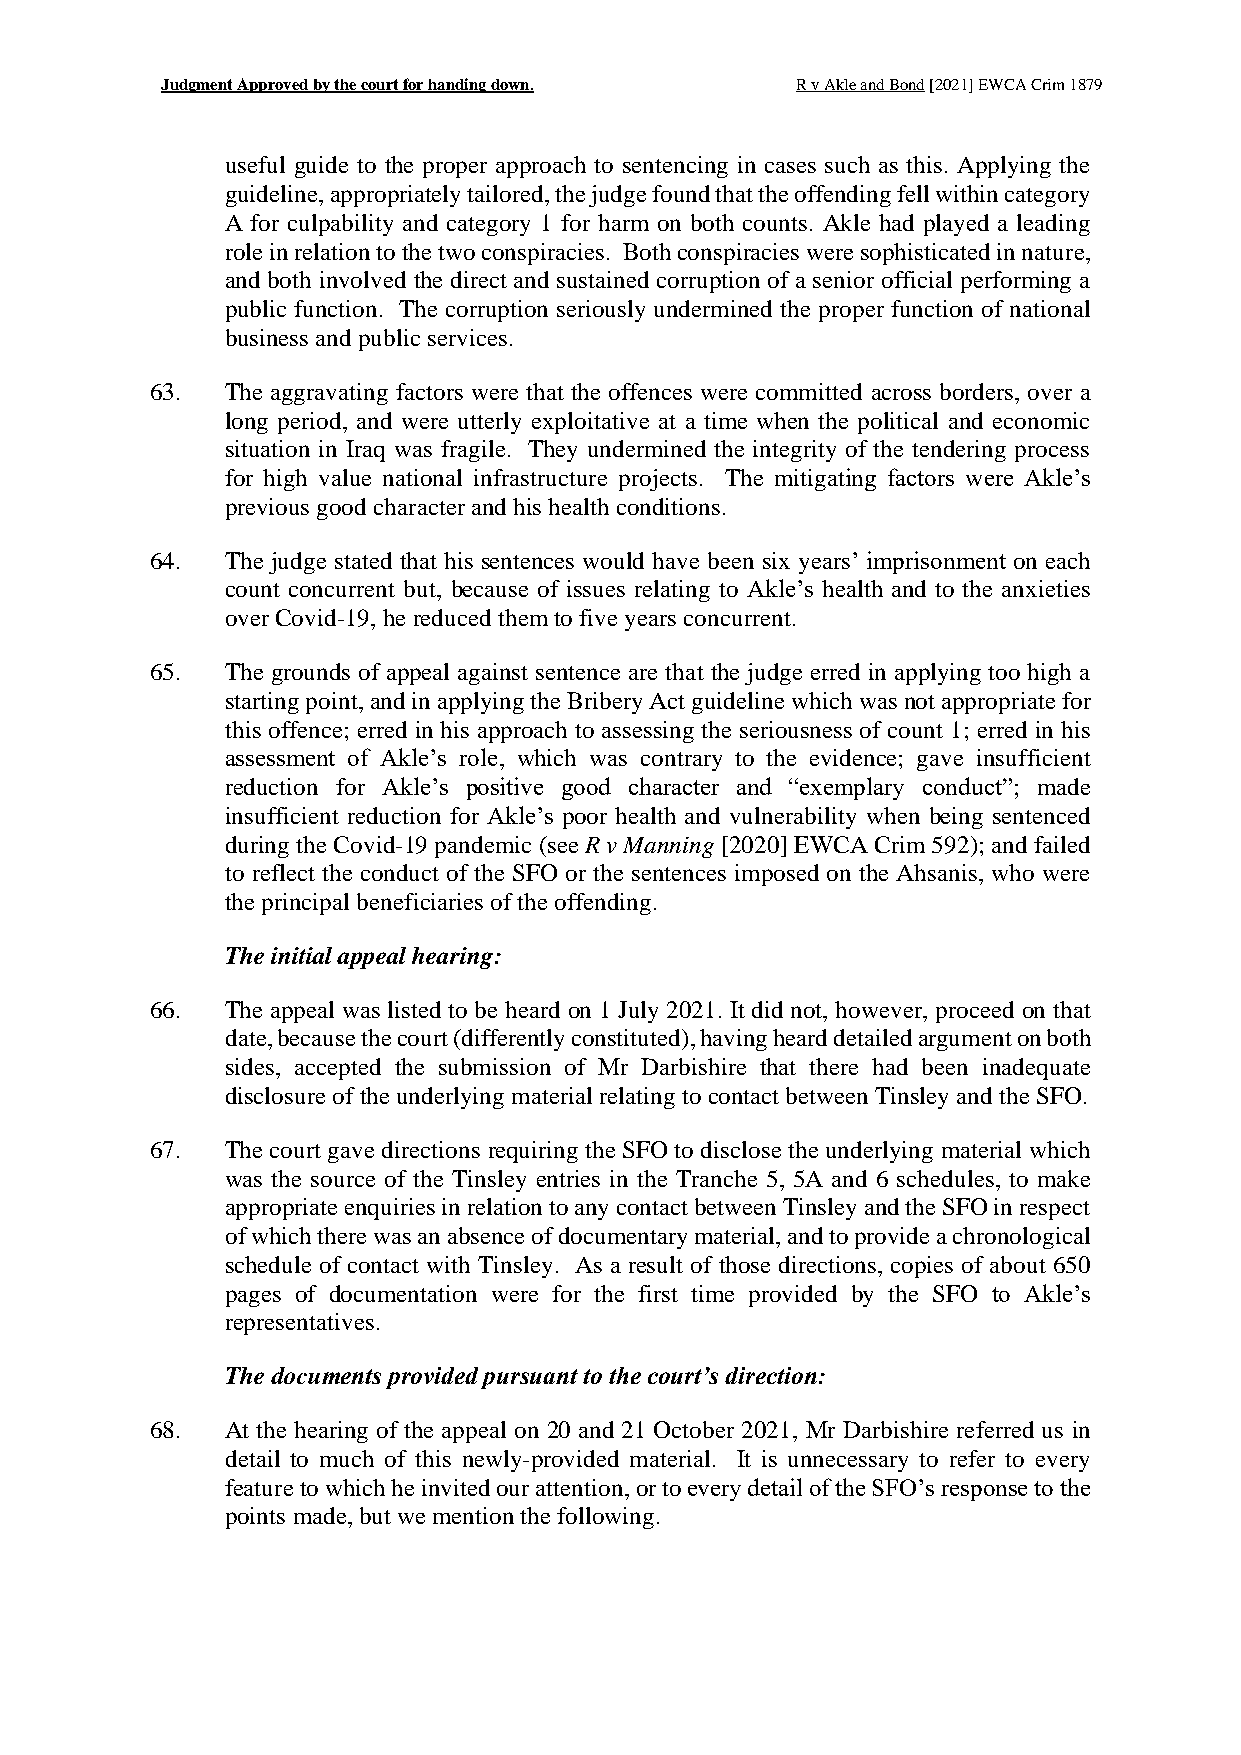
Judgment Approved by the court for handing down. R v Akle and Bond [2021] EWCA Crim 1879
 useful guide to the proper approach to sentencing in cases such as this. Applying the
 guideline, appropriately tailored, the judge found that the offending fell within category
 A for culpability and category 1 for harm on both counts. Akle had played a leading
 role in relation to the two conspiracies. Both conspiracies were sophisticated in nature,
 and both involved the direct and sustained corruption of a senior official performing a
 public function. The corruption seriously undermined the proper function of national
 business and public services.
 63.  The aggravating factors were that the offences were committed across borders, over a
 long period, and were utterly exploitative at a time when the political and economic
 situation in Iraq was fragile. They undermined the integrity of the tendering process
 for high value national infrastructure projects. The mitigating factors were Akle’s
 previous good character and his health conditions.
 64.  The judge stated that his sentences would have been six years’ imprisonment on each
 count concurrent but, because of issues relating to Akle’s health and to the anxieties
 over Covid-19, he reduced them to five years concurrent.
 65.  The grounds of appeal against sentence are that the judge erred in applying too high a
 starting point, and in applying the Bribery Act guideline which was not appropriate for
 this offence; erred in his approach to assessing the seriousness of count 1; erred in his
 assessment of Akle’s role, which was contrary to the evidence; gave insufficient
 reduction for Akle’s positive good character and “exemplary conduct”; made
 insufficient reduction for Akle’s poor health and vulnerability when being sentenced
 during the Covid-19 pandemic (see R v Manning [2020] EWCA Crim 592); and failed
 to reflect the conduct of the SFO or the sentences imposed on the Ahsanis, who were
 the principal beneficiaries of the offending.
 The initial appeal hearing:
 66.  The appeal was listed to be heard on 1 July 2021. It did not, however, proceed on that
 date, because the court (differently constituted), having heard detailed argument on both
 sides, accepted the submission of Mr Darbishire that there had been inadequate
 disclosure of the underlying material relating to contact between Tinsley and the SFO.
 67.  The court gave directions requiring the SFO to disclose the underlying material which
 was the source of the Tinsley entries in the Tranche 5, 5A and 6 schedules, to make
 appropriate enquiries in relation to any contact between Tinsley and the SFO in respect
 of which there was an absence of documentary material, and to provide a chronological
 schedule of contact with Tinsley. As a result of those directions, copies of about 650
 pages of documentation were for the first time provided by the SFO to Akle’s
 representatives.
 The documents provided pursuant to the court’s direction:
 68.  At the hearing of the appeal on 20 and 21 October 2021, Mr Darbishire referred us in
 detail to much of this newly-provided material. It is unnecessary to refer to every
 feature to which he invited our attention, or to every detail of the SFO’s response to the
 points made, but we mention the following.